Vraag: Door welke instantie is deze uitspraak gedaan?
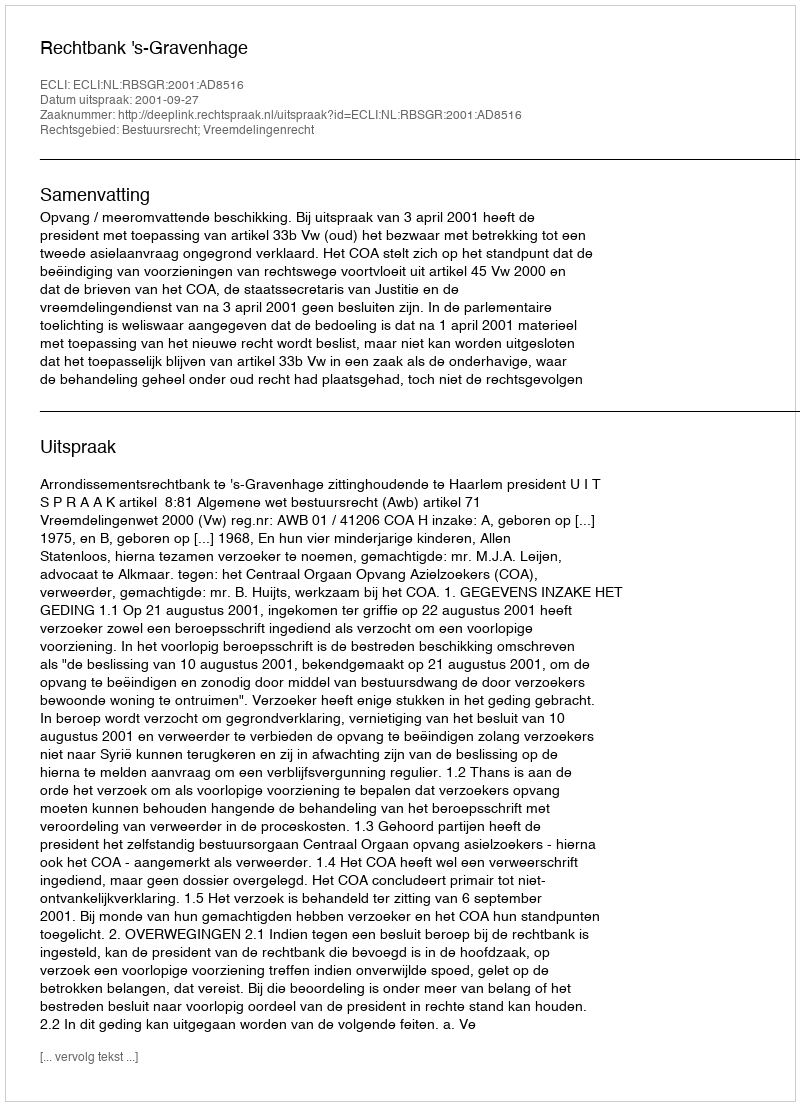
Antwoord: Rechtbank 's-Gravenhage